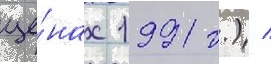
це́нах 1991 г.) /